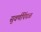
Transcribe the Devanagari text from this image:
सुवर्णपिंपळ